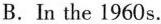
B.In the 1960 s.